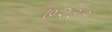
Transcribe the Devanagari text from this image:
७२३१